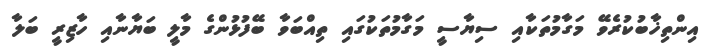
އިންތިޚާބުކުރެވޭ މަގާމުތަކާއި ސިޔާސީ މަގާމުތަކުގައި ތިއްބަވާ ބޭފުޅުންގެ މާލީ ބަޔާނާއި ހާޒިރީ ބަލާ